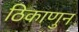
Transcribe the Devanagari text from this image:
ठिकाणुन